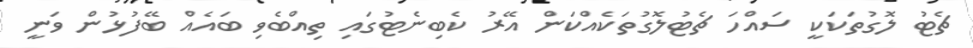
ޗެޓު ލޮގުތަކަކީ ސައްހަ ޗެޓުލޮގުތަކެއްކަން އޭރު ކެބިނެޓުގައި ތިއްބެވި ބައެއް ބޭފުޅުން ވަނީ